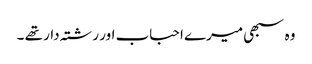
وہ سبھی میرے احباب اور رشتہ دار تھے ۔